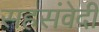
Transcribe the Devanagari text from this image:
सहसंवेदी